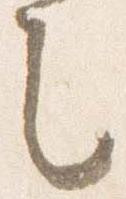
之